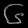
Digit: ၆